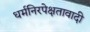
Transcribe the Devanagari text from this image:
धर्मनिरपेक्षतावादी